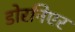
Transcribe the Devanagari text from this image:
डोरनिएर